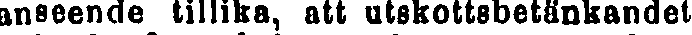
anseende tillika, att utskottsbetänkandet